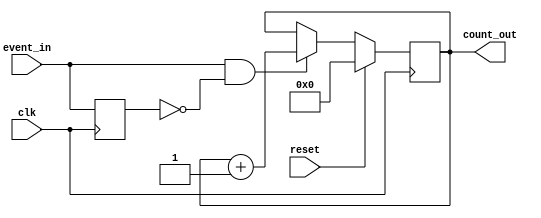
module event_triggered_counter #(
    parameter N = 8 // Parameter to define the width of the counter
)(
    input wire clk,          // Clock signal
    input wire reset,        // Synchronous reset signal
    input wire event_in,     // Event input signal
    output reg [N-1:0] count_out // Count output
);

    reg event_prev; // Register to hold the previous state of event_in

    always @(posedge clk) begin
        if (reset) begin
            count_out <= 0; // Reset count to zero
        end else begin
            // Detect rising edge of event_in
            if (event_in && !event_prev) begin
                count_out <= count_out + 1; // Increment count on rising edge
            end
        end
        event_prev <= event_in; // Update previous event state
    end

endmodule